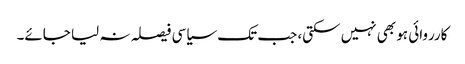
کارروائی ہو بھی نہیں سکتی، جب تک سیاسی فیصلہ نہ لیا جائے۔